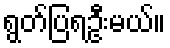
ရွတ်ပြရဦးမယ်။